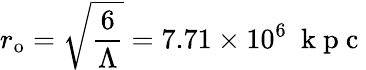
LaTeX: r_{\mathrm{{o}}}=\sqrt{\frac{6}{\Lambda}}=7.71\times 10^{6}~\mathrm{~k~p~c~}